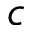
c